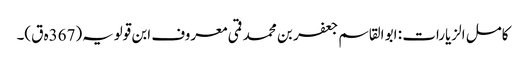
کامل الزیارات : ابو القاسم جعفر بن محمد قمی معروف ابن قولویہ(367ہ ق)۔